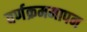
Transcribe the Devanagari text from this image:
वर्णक्रममापन